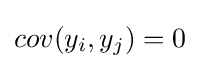
cov(y_{i},y_{j})=0